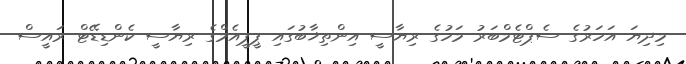
މިދިޔަ އަހަރުގެ ސެޕްޓެމްބަރު މަހުގެ ރިޔާސީ އިންތިޚާބުގައި ޕީޕީއެމްގެ ރިޔާސީ ކެންޑިޑޭޓް ރައީސް